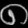
Digit: ၈